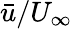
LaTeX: \bar{u}/U_{\infty}